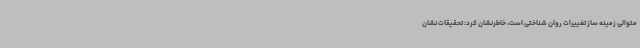
متوالی زمینه ساز تغییرات روان شناختی است، خاطرنشان کرد: تحقیقات نشان